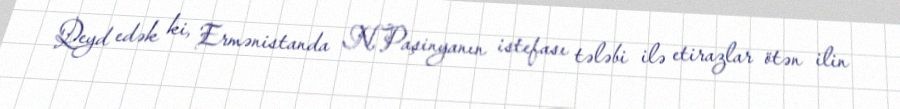
Qeyd edək ki, Ermənistanda N.Paşinyanın istefası tələbi ilə etirazlar ötən ilin